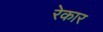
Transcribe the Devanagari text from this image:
रेकार